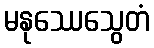
မနုဿေသွေတံ